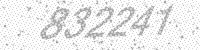
Solution: 832241